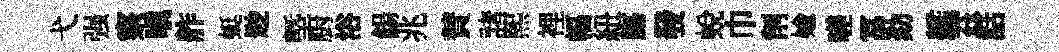
弋强察嗔舴蜓尟塈厨浴餳兆賛諸熙裡幅紐膓發蛻巾削媮嗟冨劾艦茲話